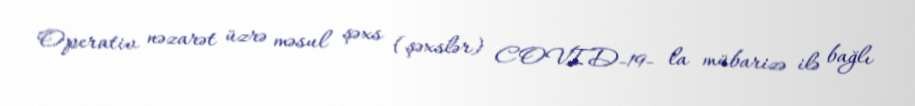
Operativ nəzarət üzrə məsul şəxs (şəxslər) COVID-19- la mübarizə ilə bağlı